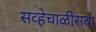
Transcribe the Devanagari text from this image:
सव्हेचाळीसवा